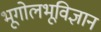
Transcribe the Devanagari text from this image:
भूगोलभूविज्ञान